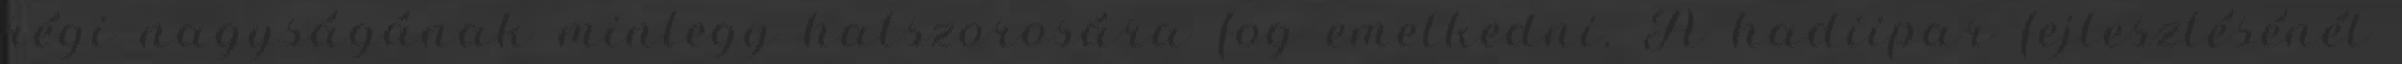
régi nagyságának mintegy hatszorosára fog emelkedni. A hadiipar fejlesztésénél